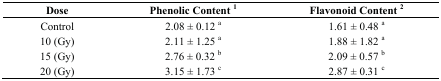
<table><thead><tr><td><b>Dose</b></td><td><b>Phenolic Content <sup>1</sup></b></td><td><b>Flavonoid Content <sup>2</sup></b></td></tr></thead><tbody><tr><td>Control</td><td>2.08 ± 0.12 <sup>a</sup></td><td>1.61 ± 0.48 <sup>a</sup></td></tr><tr><td>10 (Gy)</td><td>2.11 ± 1.25 <sup>a</sup></td><td>1.88 ± 1.82 <sup>a</sup></td></tr><tr><td>15 (Gy)</td><td>2.76 ± 0.32 <sup>b</sup></td><td>2.09 ± 0.57 <sup>b</sup></td></tr><tr><td>20 (Gy)</td><td>3.15 ± 1.73 <sup>c</sup></td><td>2.87 ± 0.31 <sup>c</sup></td></tr></tbody></table>